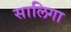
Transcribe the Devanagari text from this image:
सालिगा